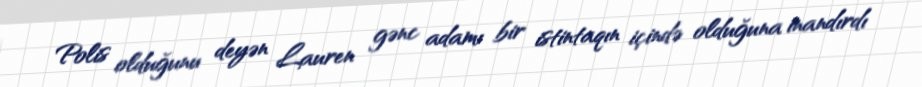
Polis olduğunu deyən Lauren gənc adamı bir istintaqın içində olduğuna inandırdı